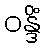
ဝန္ဒိံ